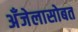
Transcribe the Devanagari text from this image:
अँजेलासोबत